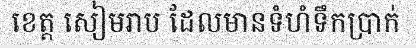
ខេត្ត សៀមរាប ដែលមានទំហំទឹកប្រាក់